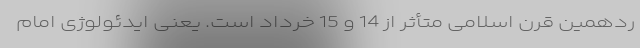
ردهمین قرن اسلامی متأثر از 14 و 15 خرداد است. یعنی ایدئولوژی امام